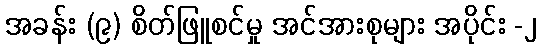
အခန်း (၉) စိတ်ဖြူစင်မှု အင်အားစုများ အပိုင်း -၂